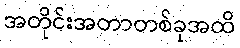
အတိုင်းအတာတစ်ခုအထိ